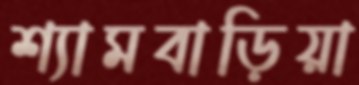
শ্যামবাড়িয়া